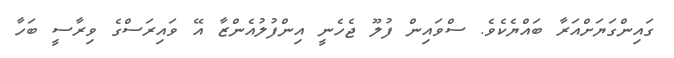
ގައިންގަޔަށްއަރާ ބައްޔެކެވެ. ސްވައިން ފުލޫ ޖެހެނީ އިންފުލުއެންޒާ އޭ ވައިރަސްގެ ވިރާސީ ބަހާ